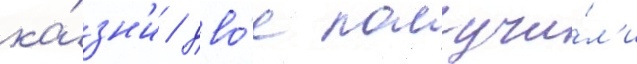
ка́зн'и / дво́е получи́л'и